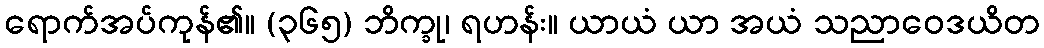
ရောက်အပ်ကုန်၏။ (၃၆၅) ဘိက္ခု၊ ရဟန်း။ ယာယံ ယာ အယံ သညာဝေဒယိတ